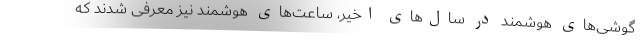
گوشی‌های هوشمند در سال‌های اخیر، ساعت‌های هوشمند نیز معرفی شدند که